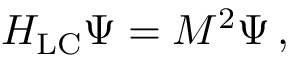
H _ { \mathrm { L C } } \Psi = M ^ { 2 } \Psi \, ,